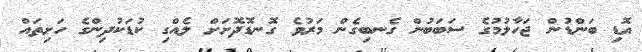
އޮޑި ބަންޑުން ޖަހާލުމުގެ ސަބަބުން ގެނބިގެން މަރުވެ ގޮނޑޮދޮށަށް ލެއްގި ކުޑަކުދިންގެ ހަށިތައް